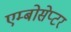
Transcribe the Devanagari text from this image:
एम्बोसेप्टर